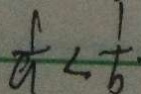
\frac { 1 } { a } < \frac { 1 } { b } \cdot